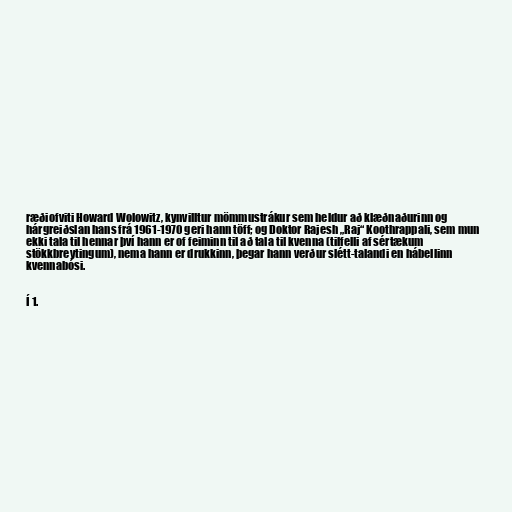
ræðiofviti Howard Wolowitz, kynvilltur mömmustrákur sem heldur að klæðnaðurinn og
hárgreiðslan hans frá 1961-1970 geri hann töff; og Doktor Rajesh „Raj“ Koothrappali, sem mun
ekki tala til hennar því hann er of feiminn til að tala til kvenna (tilfelli af sértækum
stökkbreytingum), nema hann er drukkinn, þegar hann verður slétt-talandi en hábellinn
kvennabósi.

Í 1.